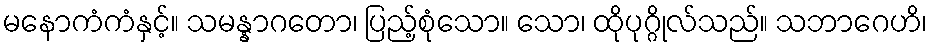
မနောကံကံနှင့်။ သမန္နာဂတော၊ ပြည့်စုံသော။ သော၊ ထိုပုဂ္ဂိုလ်သည်။ သဘာဂေဟိ၊